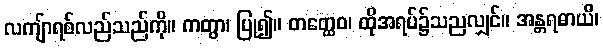
လကျ်ာရစ်လည်သည်ကို။ ကတွာ၊ ပြု၍။ တတ္ထေဝ၊ ထိုအရပ်၌သညလျှင်။ အန္တရဓာယိ၊